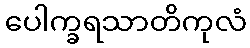
ပေါက္ခရသာတိကုလံ